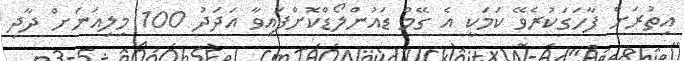
އިތުރަށް ފާހަގަކުރެވޭ ކަމަކީ އެ ގޭމް ޑައުންލޯޑްކޮށްފައިވާ އަދަދު 100 މިލިއަނަށް ދާދި